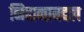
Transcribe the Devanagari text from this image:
निदानाबद्दल